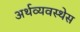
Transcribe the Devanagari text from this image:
अर्थव्यवस्थेस